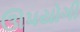
ઊપયોગી